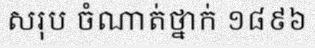
សរុប ចំណាត់ថ្នាក់ ១៨៩៦